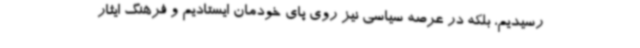
رسیدیم، بلکه در عرصه سیاسی نیز روی پای خودمان ایستادیم و فرهنگ ایثار